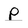
Character: p